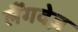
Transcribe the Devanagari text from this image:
लैंगवेज़